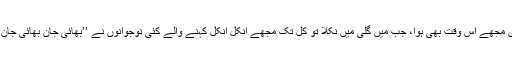
اِس بات کا مزید احساس مجھے اُس وقت بھی ہوا، جب مَیں گلی میں نکلا تو کل تک مجھے انکل انکل کہنے والے کئی نوجوانوں نے ’’بھائی جان بھائی جان‘‘ کہہ کے مخاطب کیا۔